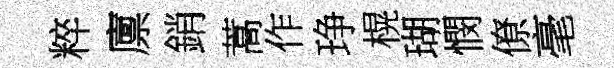
粹廪銷蒿作琤榥瑚憫僚毫